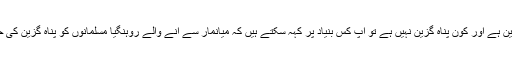
انهوں نے کہا ’’جب ہندوستان میں ایسا کوئی قانون ہی نہیں ہے جو یہ طے کرے کہ کون پناہ گزین ہے اور کون پناہ گزین نہیں ہے تو آپ کس بنیاد پر کہہ سکتے ہیں کہ میانمار سے آنے والے روہنگیا مسلمانوں کو پناہ گزین کی حیثیت نہیں دی جا سکتی ہے، محض اس لئے کہ انہوں نے مناسب طریقہ کار پر عمل نہیں کیا‘‘۔